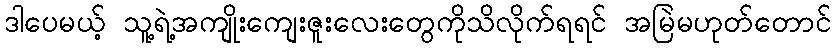
ဒါပေမယ့် သူ့ရဲ့အကျိုးကျေးဇူးလေးတွေကိုသိလိုက်ရရင် အမြဲမဟုတ်တောင်